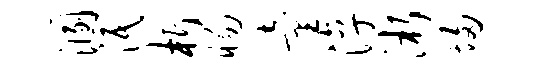
溷泯析惕童淳淅埽